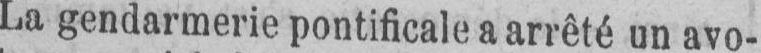
La gendarmerie pontificale a arrêté un avo-